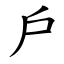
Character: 戶